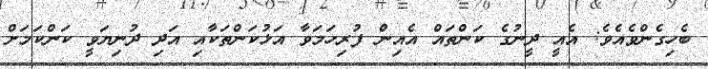
ބެހިގެންވެއެވެ: އެއީ ދީނުގެ ކަންތައް އެއިން ފުރިހަމަވާ އަޅުކަންތަކާއި އަދި ދުނިޔަވީ ކަންކަމަށް